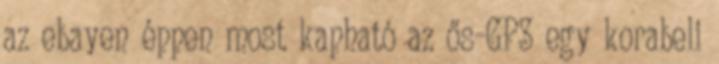
az ebayen éppen most kapható az ős-GPS egy korabeli